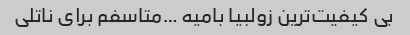
بی کیفیت‌ترین زولبیا بامیه …متاسفم برای ناتلی